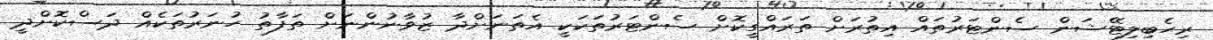
ރިހެބިލިޓޭޝަން ސެންޓަރުތައް އިތުރަށް ތަރައްގީކޮށް ސެންޓަރުތަކަކީ އެތަނަށްދާ ޒުވާނުންނަށް ތަފާތު ހުނަރުތަކެއް ދަސްކޮށްދީ